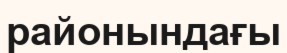
районындағы